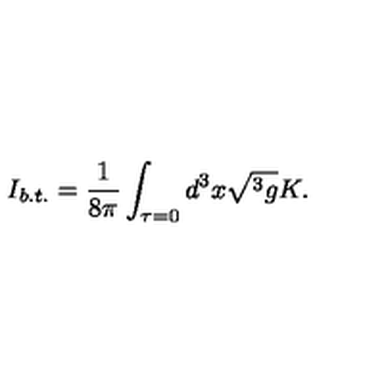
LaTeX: I _ { b . t . } = \frac 1 { 8 \pi } \int _ { \tau = 0 } d ^ { 3 } x \sqrt { ^ 3 g } K .